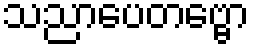
သညာပေတဗ္ဗော